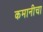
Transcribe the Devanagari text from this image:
कमानीचा